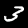
Label: 3